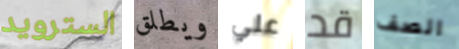
السترويد ويطلق علي قد الصف